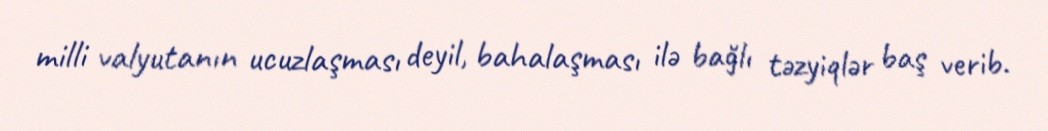
milli valyutanın ucuzlaşması deyil, bahalaşması ilə bağlı təzyiqlər baş verib.